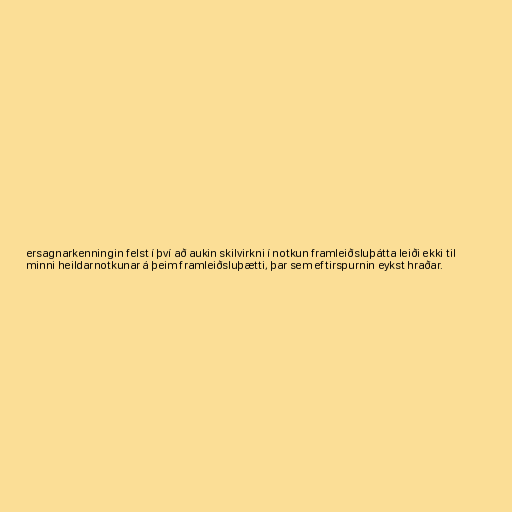
ersagnarkenningin felst í því að aukin skilvirkni í notkun framleiðsluþátta leiði ekki til
minni heildarnotkunar á þeim framleiðsluþætti, þar sem eftirspurnin eykst hraðar.